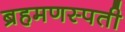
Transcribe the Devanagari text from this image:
ब्रहमणस्पती